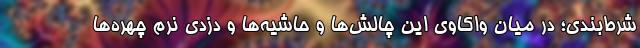
شرط‌بندی؛ در میان واکاوی این چالش‌ها و حاشیه‌ها و دزدی نرمِ چهره‌ها